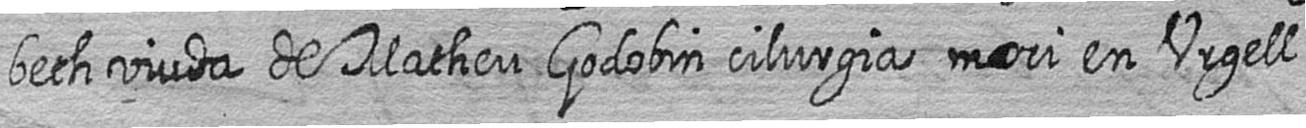
beth viuda de Matheu Godobin cilurgia mori en Urgell